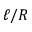
\ell / R